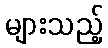
များသည့်